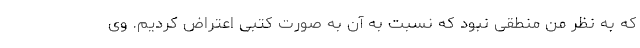
که به نظر من منطقی نبود که نسبت به آن به صورت کتبی اعتراض کردیم. وی